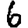
Digit: 6